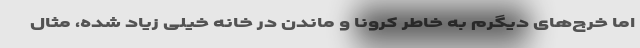
اما خرج‌های دیگرم به خاطر کرونا و ماندن در خانه خیلی زیاد شده، مثال